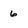
Character: 6